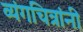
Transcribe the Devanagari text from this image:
व्यंगचित्रांनी